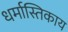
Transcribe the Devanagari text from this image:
धर्मास्तिकाय